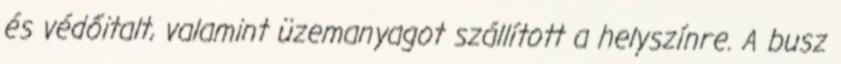
és védőitalt, valamint üzemanyagot szállított a helyszínre. A busz